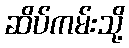
ဆိပ်ကမ်းသို့